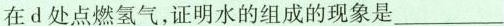
在d处点燃氢气，证明水的组成的现象是___